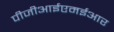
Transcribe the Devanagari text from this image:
पीजीआईएमईआर